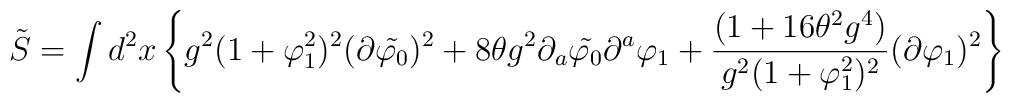
\tilde{S}=\int d^2{x}\left\{g^2(1+\varphi_{1}^2)^2(\partial\tilde{\varphi_{0}})^2+8\theta g^2\partial_{a}\tilde{\varphi_{0}}\partial^{a}\varphi_{1}+\frac{(1+16\theta^2 g^4)}{g^2(1+\varphi_{1}^{2})^2}(\partial\varphi_{1})^2\right\}